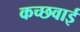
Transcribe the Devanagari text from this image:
कच्छवाई